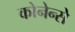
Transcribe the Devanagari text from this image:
कोनेन्से